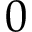
0